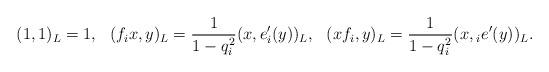
LaTeX: \begin{align*}(1,1)_{L}=1 & , & & (f_{i}x,y)_{L}=\frac{1}{1-q_{i}^{2}}(x,e'_{i}(y))_{L}, & & (xf_{i},y)_{L}=\frac{1}{1-q_{i}^{2}}(x,{_{i}e'}(y))_{L}.\end{align*}